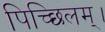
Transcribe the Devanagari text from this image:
पिच्छिलम्।